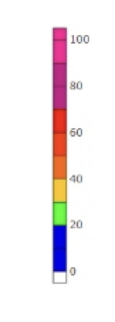
Blue: 0 to 20
Green: 20 to 30
Yellow: 30 to 40
Orange: 40 to 50
Dark Orange: 50 to 60
Red: 60 to 70
Magenta: 70 to 90
Pink: 90 to 105